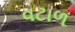
વટાળ